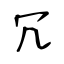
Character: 冗